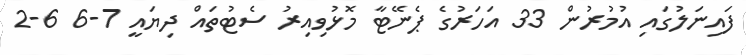
ފައިނަލުގައި އުމުރުން 33 އަހަރުގެ ޕެނޭޓާ މޮޅުވިއިރު ސެޓުތައް ދިޔައީ 7-6 6-2